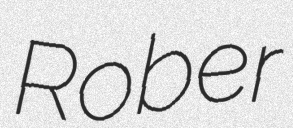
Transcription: Rober